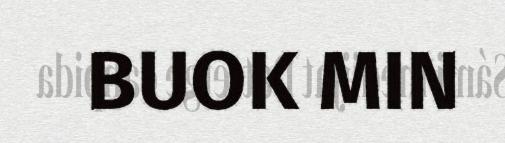
BUOK MIN